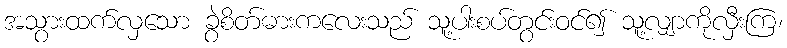
အသွားထက်လှသော ခွဲစိတ်ဓားကလေးသည် သူ့ပါးစပ်တွင်းဝင်၍ သူ့လျှာကိုလှီးကြ၊